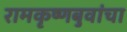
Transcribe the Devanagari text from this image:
रामकृष्णबुवांचा